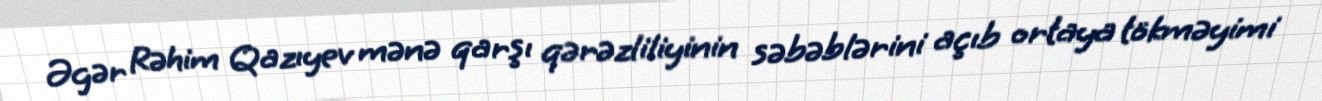
Əgər Rəhim Qazıyev mənə qarşı qərəzliliyinin səbəblərini açıb ortaya tökməyimi